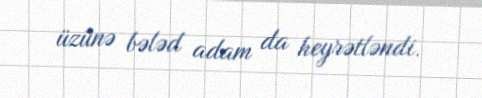
üzünə bələd adam da heyrətləndi.